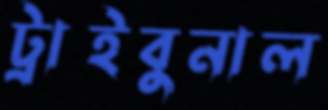
ট্রাইবুনাল